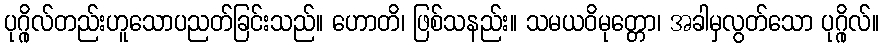
ပုဂ္ဂိုလ်တည်းဟူသောပညတ်ခြင်းသည်။ ဟောတိ၊ ဖြစ်သနည်း။ သမယဝိမုတ္တော၊ အခါမှလွတ်သော ပုဂ္ဂိုလ်။